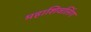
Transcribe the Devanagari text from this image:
महाशिवलिंग